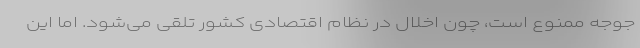
جوجه ممنوع است، چون اخلال در نظام اقتصادی کشور تلقی می‌شود. اما این